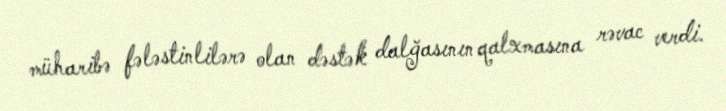
müharibə fələstinlilərə olan dəstək dalğasının qalxmasına rəvac verdi.